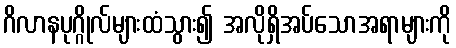
ဂိလာနပုဂ္ဂိုလ်များထံသွား၍ အလိုရှိအပ်သောအရာများကို